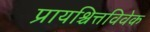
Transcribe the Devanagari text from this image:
प्रायश्चित्तविवेक